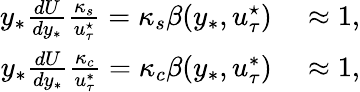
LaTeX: \begin{array}{rl}{y_{*}\frac{dU}{dy_{*}}\frac{\kappa_{s}}{u_{\tau}^{\star}}=\kappa_{s}\beta(y_{*},u_{\tau}^{\star})}&{{}\approx 1,}\\ {y_{*}\frac{dU}{dy_{*}}\frac{\kappa_{c}}{u_{\tau}^{*}}=\kappa_{c}\beta(y_{*},u_{\tau}^{*})}&{{}\approx 1,}\end{array}